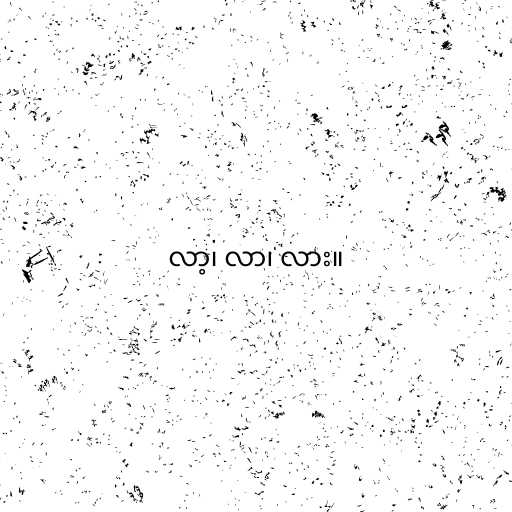
လာ့၊ လာ၊ လား။